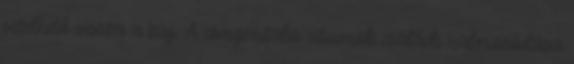
vezethető vissza a baj. A congenitalis vitiumok családi halmozódása